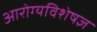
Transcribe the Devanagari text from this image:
आरोग्यविशेषज्ञ